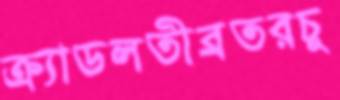
ক্র্যাডলতীব্রতরচু